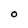
Character: O